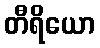
တီရိယော